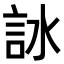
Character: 𧦋